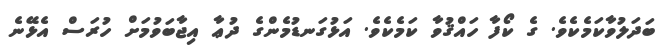
ބަދަލުވާކަމެކެވެ. ގެ ކޯފާ ހައްޤުވާ ކަމެކެވެ. އަޅުގަނޑުމެންގެ ދުޢާ އިޖާބަވުމަށް ހުރަސް އެޅޭނެ